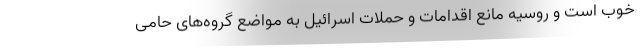
خوب است و روسیه مانع اقدامات و حملات اسرائیل به مواضع گروه‌های حامی